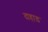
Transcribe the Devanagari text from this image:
दाहाड़